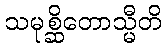
သမုစ္ဆိတောသ္မီတိ